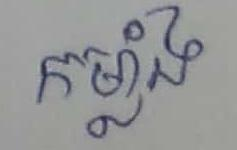
កម្លាំង